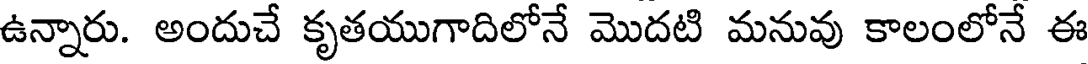
ఉన్నారు. అందుచే కృతయుగాదిలోనే మొదటి మనువు కాలంలోనే ఈ